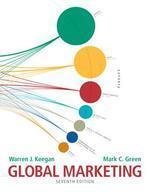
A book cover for Global Marketing; Mark Green Warren J. Keegan; Business & Money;